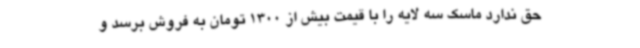
حق ندارد ماسک سه لایه را با قیمت بیش از 1300 تومان به فروش برسد و